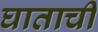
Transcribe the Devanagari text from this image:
घाताची